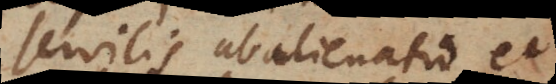
servilis abalienatio et